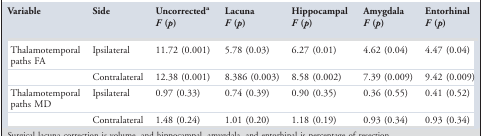
<table><thead><tr><td><b>Variable</b></td><td><b>Side</b></td><td><b>Uncorrecteda<i>F</i> (<i>p</i>)</b></td><td><b>Lacuna <i>F</i> (<i>p</i>)</b></td><td><b>Hippocampal <i>F</i> (<i>p</i>)</b></td><td><b>Amygdala <i>F</i> (<i>p</i>)</b></td><td><b>Entorhinal <i>F</i> (<i>p</i>)</b></td></tr></thead><tbody><tr><td>Thalamotemporal paths FA</td><td>Ipsilateral</td><td>11.72 (0.001)</td><td>5.78 (0.03)</td><td>6.27 (0.01)</td><td>4.62 (0.04)</td><td>4.47 (0.04)</td></tr><tr><td></td><td>Contralateral</td><td>12.38 (0.001)</td><td>8.386 (0.003)</td><td>8.58 (0.002)</td><td>7.39 (0.009)</td><td>9.42 (0.009)</td></tr><tr><td>Thalamotemporal paths MD</td><td>Ipsilateral</td><td>0.97 (0.33)</td><td>0.74 (0.39)</td><td>0.90 (0.35)</td><td>0.36 (0.55)</td><td>0.41 (0.52)</td></tr><tr><td></td><td>Contralateral</td><td>1.48 (0.24)</td><td>1.01 (0.20)</td><td>1.18 (0.19)</td><td>0.93 (0.34)</td><td>0.93 (0.34)</td></tr></tbody></table>